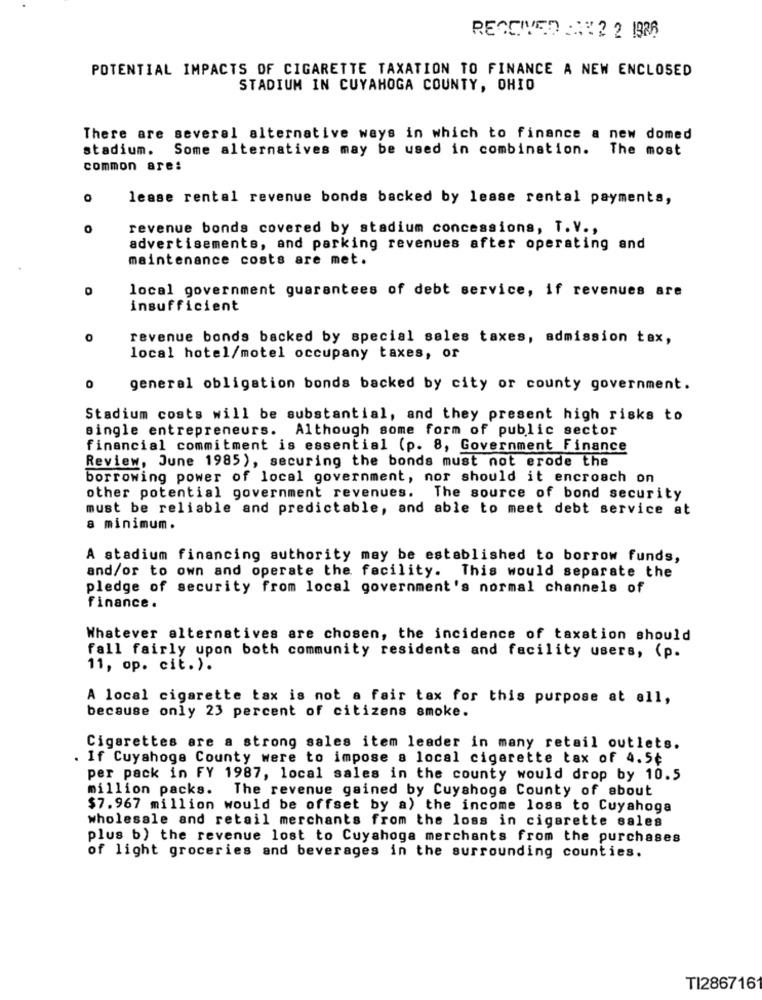
RECEIVED :12 2 1986
POTENTIAL IMPACTS OF CIGARETTE TAXATION TO FINANCE A NEW ENCLOSED
STADIUM IN CUYAHOGA COUNTY, OHIO
There are several alternative ways in which to finance a new domed
stadium. Some alternatives may be used in combination. The most
common are:
lease rental revenue bonds backed by lease rental payments,
O
0
revenue bonds covered by stadium concessions, T. V .,
advertisements, and parking revenues after operating and
maintenance costs are met.
O
local government guarantees of debt service, if revenues are
insufficient
0
revenue bonds backed by special seles taxes, admission tax,
local hotel/motel occupany taxes, or
general obligation bonds backed by city or county government.
Stadium costs will be substantial, and they present high risks to
single entrepreneurs. Although some form of public sector
financial commitment is essential (p. 8, Government Finance
Review, June 1985), securing the bonds must not erode the
borrowing power of local government, nor should it encroach on
other potential government revenues. The source of bond security
must be reliable and predictable, and able to meet debt service at
a minimum.
A stadium financing authority may be established to borrow funds,
and/or to own and operate the facility. This would separate the
pledge of security from local government's normal channels of
finance .
Whatever alternatives are chosen, the incidence of taxation should
fall fairly upon both community residents and facility users, (p.
11, op. cit.).
A local cigarette tax is not a fair tax for this purpose at all,
because only 23 percent of citizens smoke.
Cigarettes are a strong sales item leader in many retail outlets.
If Cuyahoga County were to impose a local cigarette tax of 4.5¢
per pack in FY 1987, local sales in the county would drop by 10.5
million packs. The revenue gained by Cuyahoga County of about
$7.967 million would be offset by a) the income loss to Cuyahoga
wholesale and retail merchants from the loss in cigarette sales
plus b) the revenue lost to Cuyahoga merchants from the purchases
of light groceries and beverages in the surrounding counties.
TI286716